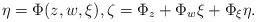
LaTeX: \begin{align*}\eta=\Phi(z,w,\xi), \zeta=\Phi_{z}+ \Phi_{w}\xi+ \Phi_{\xi}\eta.\end{align*}